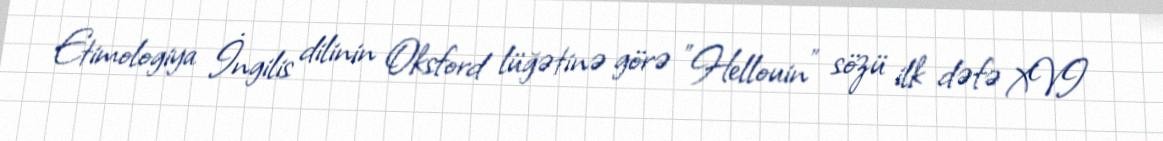
Etimologiya İngilis dilinin Oksford lüğətinə görə "Hellouin" sözü ilk dəfə XVI